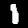
Label: 1